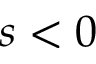
s < 0